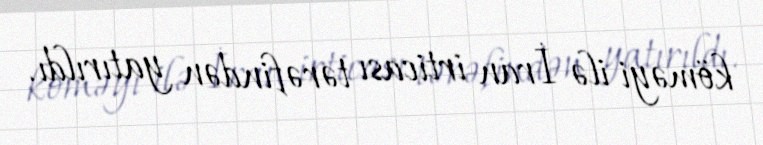
köməyi ilə İran irticası tərəfindən yatırıldı.